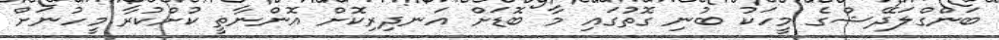
ބަންގްލަދޭޝްގެ މީހަކު ބުނި ގޮތުގައި މާ ބޮޑަށް އަނދިރިކޮށް އޮންނާތީ ކުށްކުރާ މީހުނަށް